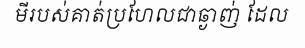
មីរបស់គាត់ប្រហែលជាឆ្ងាញ់ ដែល